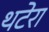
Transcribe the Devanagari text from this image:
थटेरा